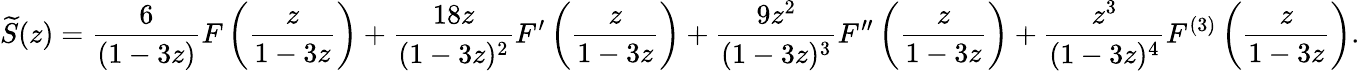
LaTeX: {\widetilde{S}}(z)={\frac{6}{(1-3z)}}F\left({\frac{z}{1-3z}}\right)+{\frac{18z}{(1-3z)^{2}}}F^{\prime}\left({\frac{z}{1-3z}}\right)+{\frac{9z^{2}}{(1-3z)^{3}}}F^{\prime\prime}\left({\frac{z}{1-3z}}\right)+{\frac{z^{3}}{(1-3z)^{4}}}F^{(3)}\left({\frac{z}{1-3z}}\right).